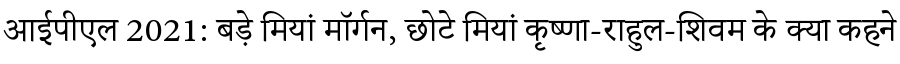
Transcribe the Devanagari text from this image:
आईपीएल 2021: बड़े मियां मॉर्गन, छोटे मियां कृष्णा-राहुल-शिवम के क्या कहने